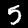
Label: 5